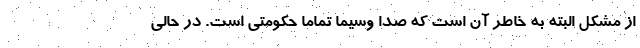
از مشکل البته به خاطر آن است که صدا وسیما تماما حکومتی است. در حالی